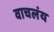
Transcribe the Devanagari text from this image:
वाचलंय